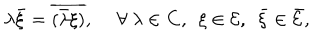
\lambda \bar { \xi } = \overline { { { ( \bar { \lambda } \xi ) } } } , ~ ~ \forall ~ \lambda \in { \bf C } , ~ ~ \xi \in { \cal E } , ~ ~ \bar { \xi } \in \bar { \cal E } ,